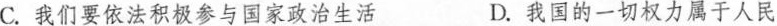
C.我们要依法积极参与国家政治生活 D.我国的一切权力属于人民